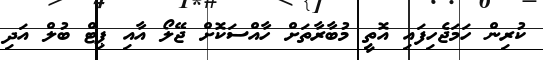
ކުރިން ހަމަޖެހިފައި އޮތީ މުބާރާތަށް ހާއްސަކޮށް ޖޭލޯ އާއި ޕިޓް ބުލް އަދި